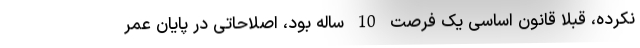
نکرده، قبلا قانون اساسی یک فرصت 10 ساله بود، اصلاحاتی در پایان عمر